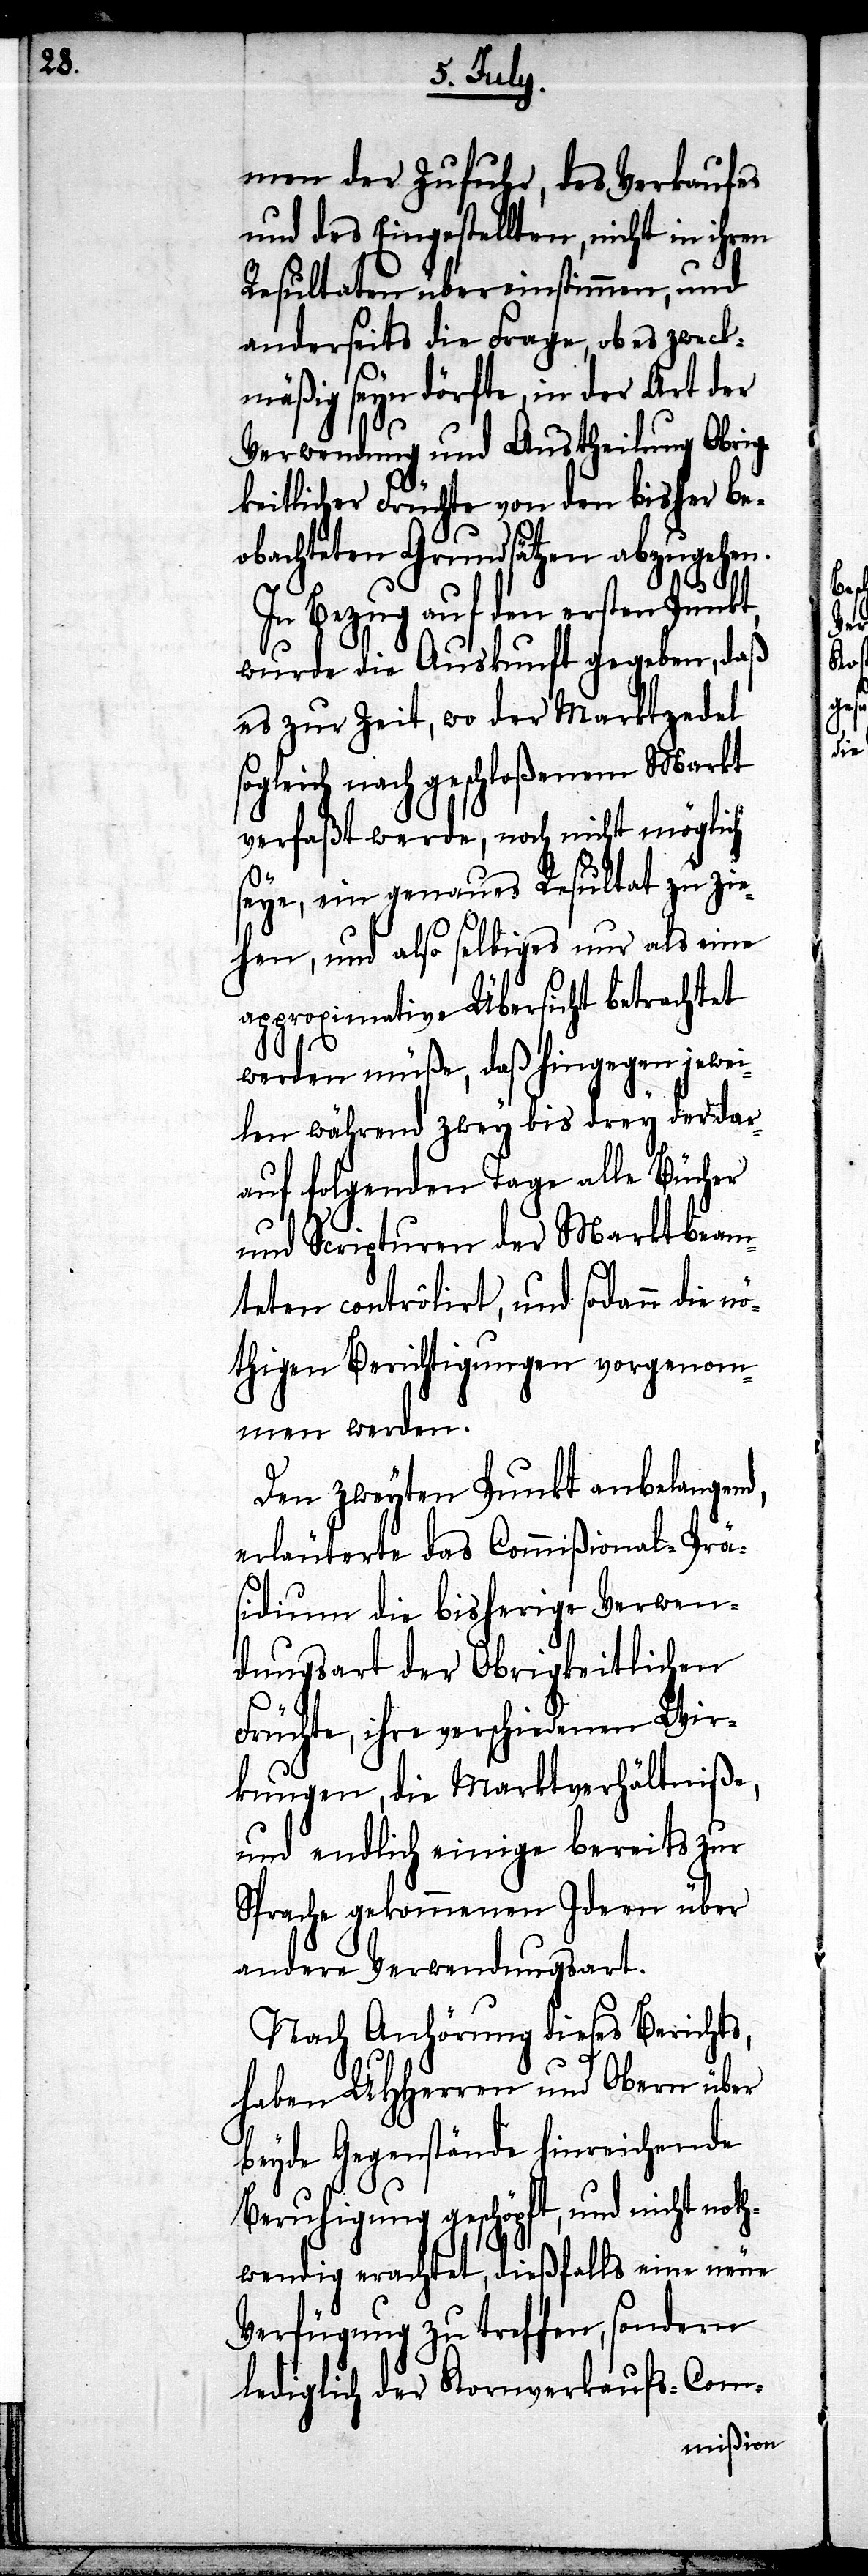
men der Zufuhr, des Verkaufes
und des Eingestellten, nicht in ihren
Resultaten übereinstimmen, und
anderseits die Frage, ob es zweck¬
mäßig seyn dörfte, in der Art der
Verwendung und Austheilung Obrig¬
keitlicher Früchte von den bisher be¬
obachteten Grundsätzen abzugehen.
In Bezug auf den ersten Punkt,
wurde die Auskunft gegeben, daß
es zur Zeit, wo der Marktzedel
sogleich nach geschloßenem Markt
verfaßt werde, noch nicht möglich
seye, ein genaues Resultat zu zi¬
ehen, und also selbiges nur als eine
approximative Übersicht betrachtet
werden müße, daß hingegen jewei¬
len während zwey bis drey der dar¬
auf folgenden Tage alle Bücher
und Scripturen der Marktbeam¬
teten contrôlirt, und sodann die nö¬
thigen Berichtigungen vorgenom¬
men werden.
Den zweyten Punkt anbelangend,
erläuterte das Commißional-Prä¬
sidium die bisherige Verwen¬
dungsart der Obrigkeitlichen
Früchte, ihre verschiedenen Wir¬
kungen, die Marktverhältniße,
und endlich einige bereits zur
Sprache gekommenen Ideen über
andere Verwendungsart.
Nach Anhörung dieses Berichts,
haben UHHerren und Obern über
beyde Gegenstände hinreichende
Beruhigung geschöpft, und nocht noth¬
wendig erachtet, dießfalls eine neue
Verfügung zu treffen, sondern
lediglich der Kornverkaufs-Com-